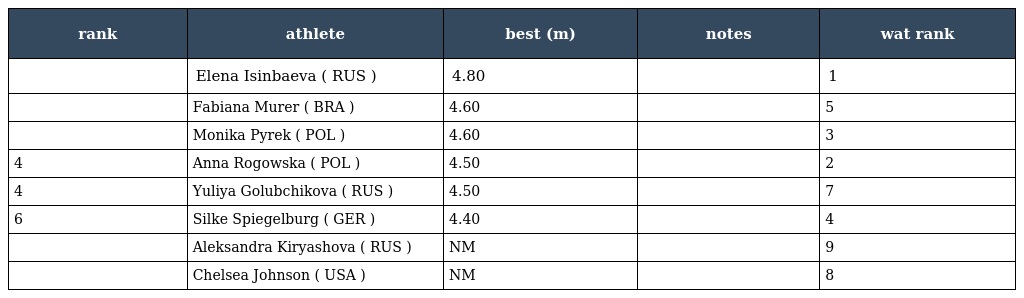
| rank | athlete | best (m) | notes | wat rank |
 | --- | --- | --- | --- | --- |
 |  | Elena Isinbaeva ( RUS ) | 4.80 |  | 1 |
 |  | Fabiana Murer ( BRA ) | 4.60 |  | 5 |
 |  | Monika Pyrek ( POL ) | 4.60 |  | 3 |
 | 4 | Anna Rogowska ( POL ) | 4.50 |  | 2 |
 | 4 | Yuliya Golubchikova ( RUS ) | 4.50 |  | 7 |
 | 6 | Silke Spiegelburg ( GER ) | 4.40 |  | 4 |
 |  | Aleksandra Kiryashova ( RUS ) | NM |  | 9 |
 |  | Chelsea Johnson ( USA ) | NM |  | 8 |